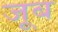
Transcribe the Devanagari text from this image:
जूब